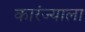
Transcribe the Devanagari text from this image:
कारंज्याला